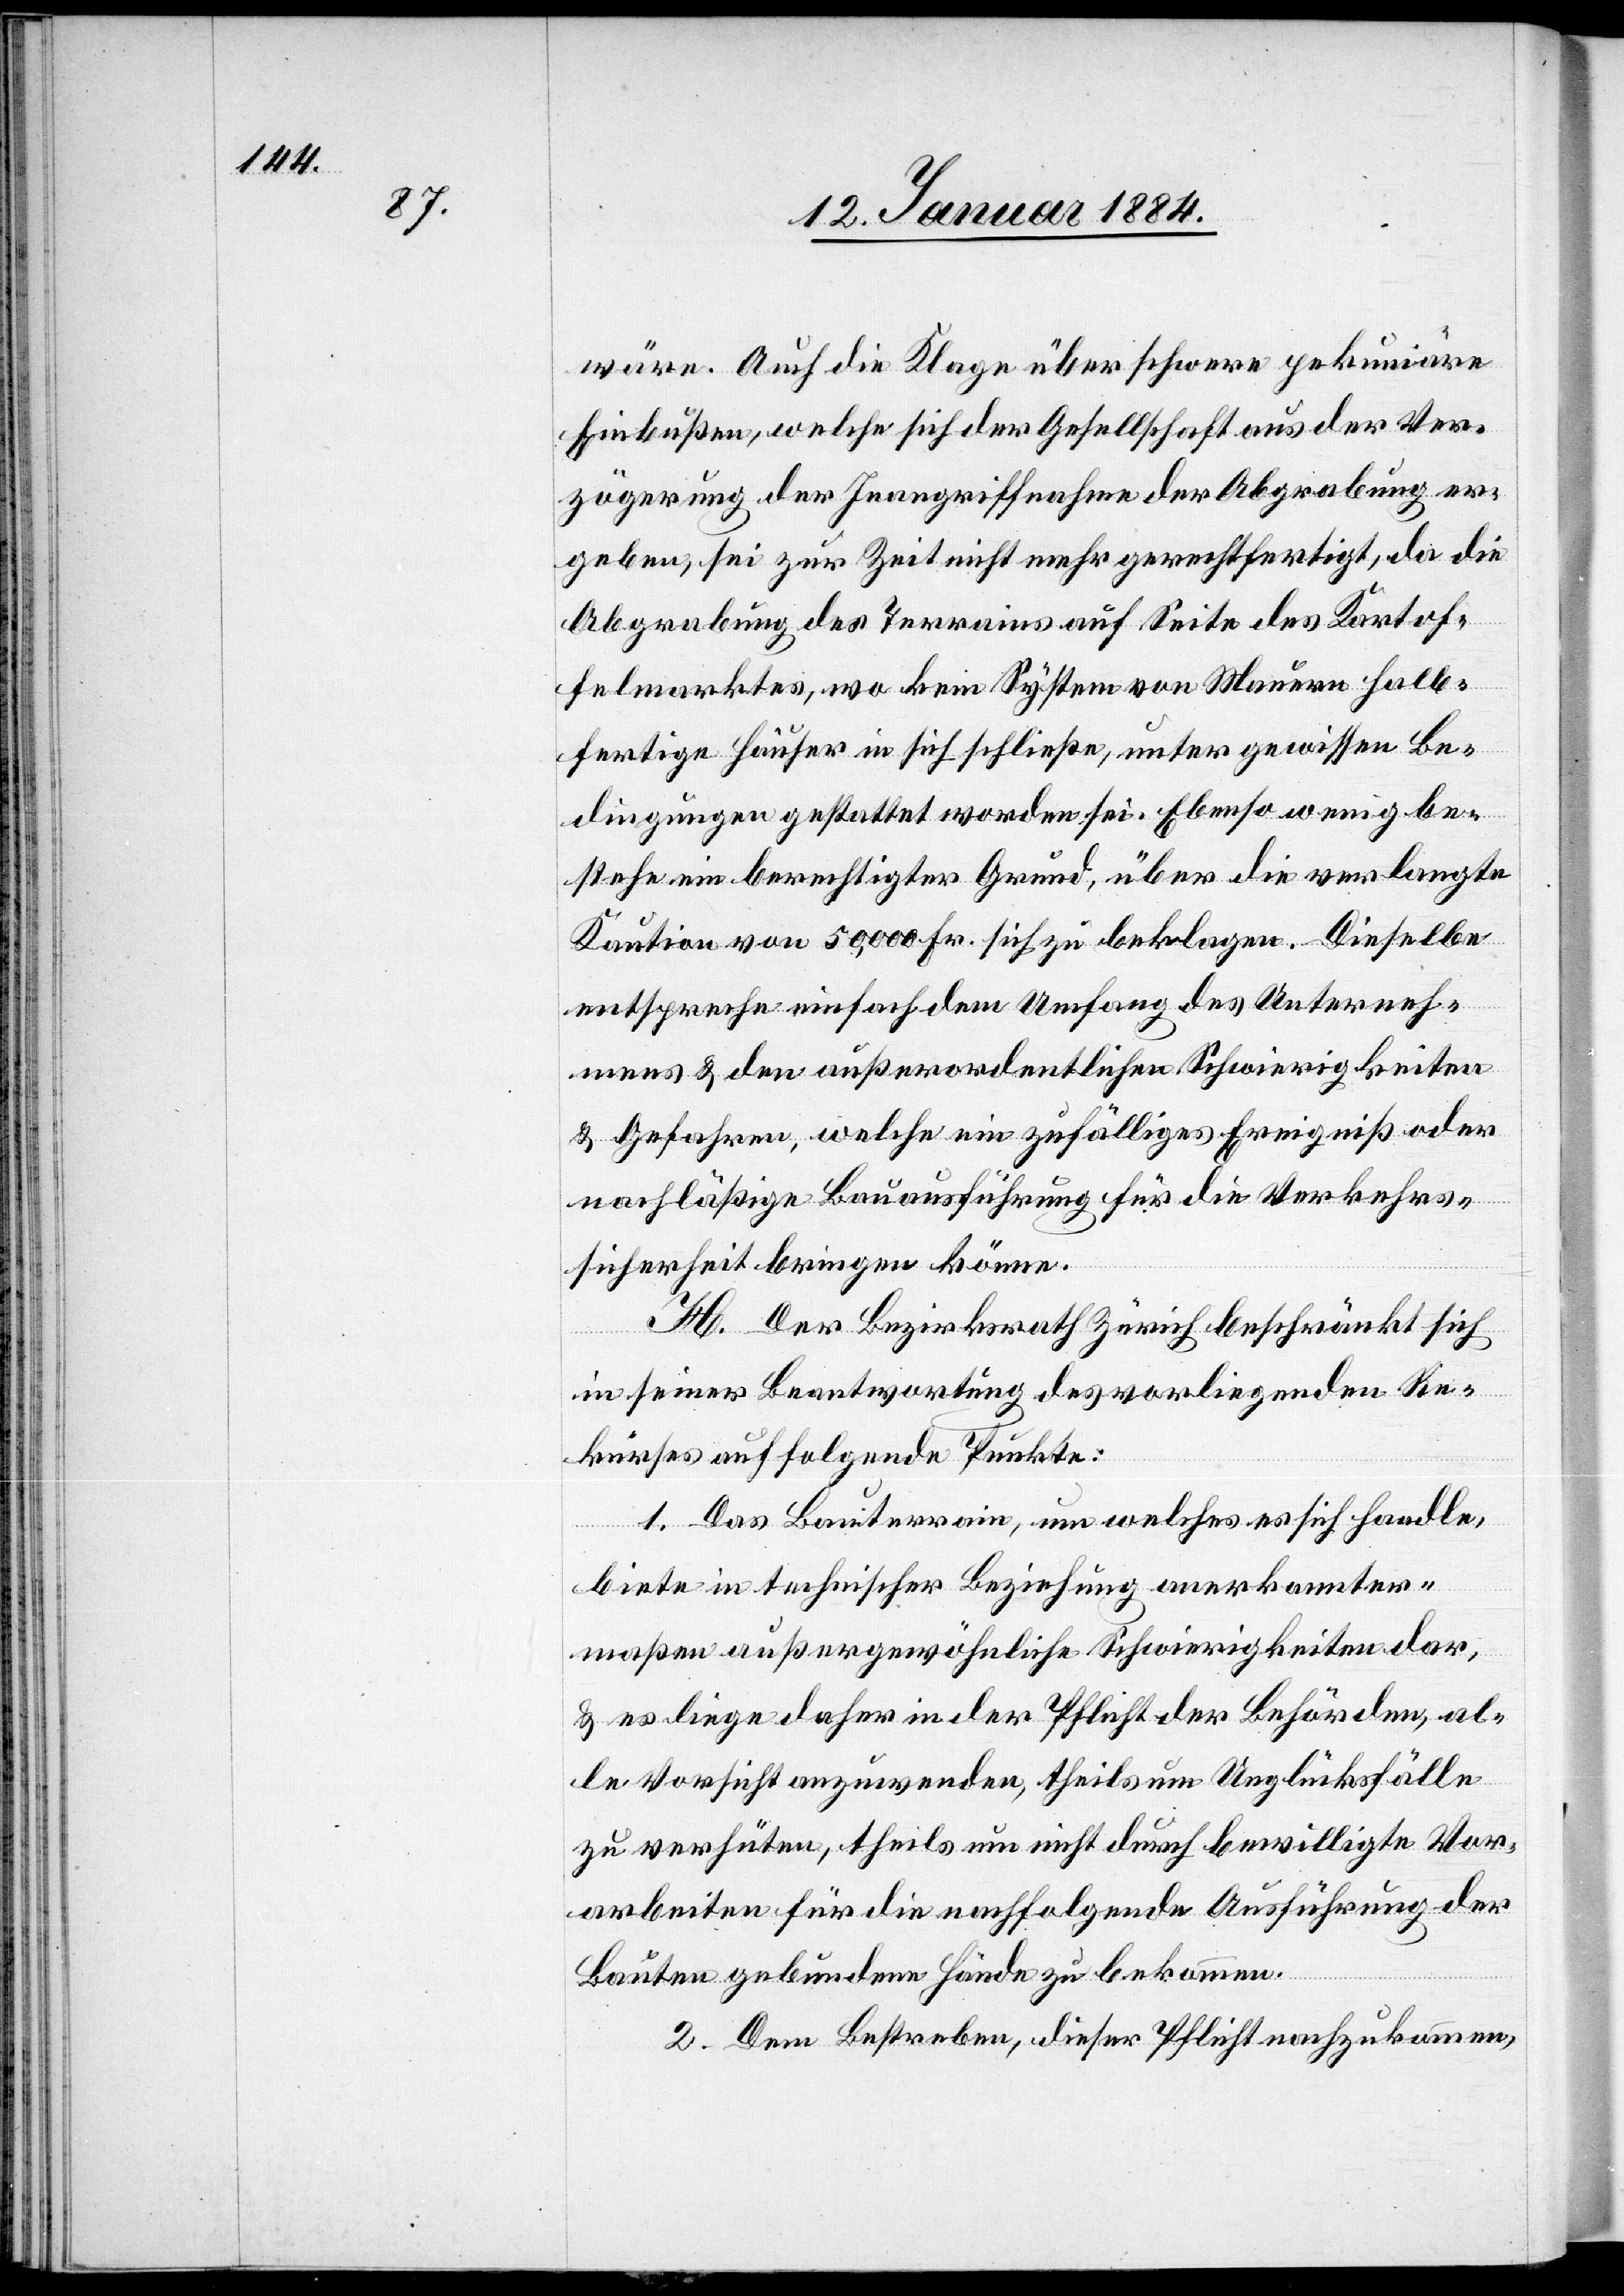
wäre. Auch die Klage über schwere pekuniäre
Einbußen, welche sich der Gesellschaft aus der Ver¬
zögerung der Inangriffnahme der Abgrabung er¬
geben, sei zur Zeit nicht mehr gerechtfertigt, da die
Abgrabung des Terrains auf Seite des Kartof¬
felmarktes, wo kein System von Mauern halb¬
fertige Häuser in sich schließe, unter gewissen Be¬
dingungen gestattet worden sei. Ebenso wenig be¬
stehe ein berechtigter Grund, über die verlangte
Kaution von 50,000 Fr. sich zu beklagen. Dieselbe
entspreche einfach dem Umfang des Unterneh¬
mens & den außerordentlichen Schwierigkeiten
& Gefahren, welche ein zufälliges Ergebniß oder
nachläßige Bauausführung für die Verkehrs¬
sicherheit bringen könne.
H. Der Bezirksrath Zürich beschränkt sich
in seiner Beantwortung des vorliegenden Re¬
kurses auf folgende Punkte:
1. Das Bauterrain, um welches es sich handle,
biete in technischer Beziehung anerkannter¬
maßen außergewöhnliche Schwierigkeiten dar,
& es liege daher in der Pflicht der Behörden, al¬
le Vorsicht anzuwenden, theils um Unglücksfälle
zu verhüten, theils um nicht durch bewilligte Vor¬
arbeiten für die nachfolgende Ausführung der
Baute gebundene Hände zu bekommen.
2. Dem Bestreben, dieser Pflicht nachzukommen,